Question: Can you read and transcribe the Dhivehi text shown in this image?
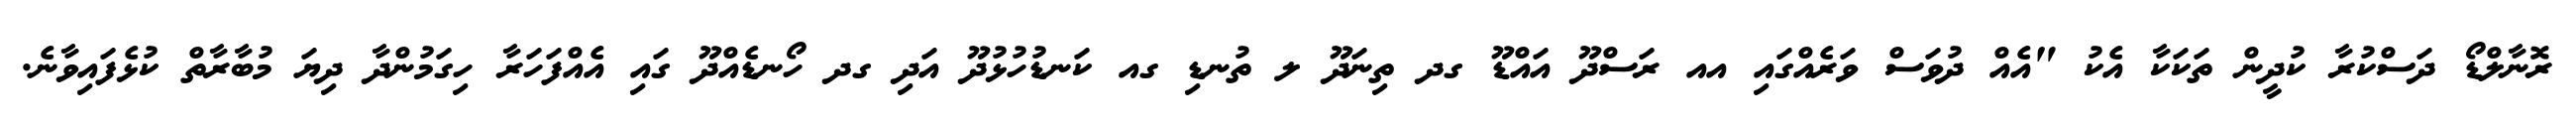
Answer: ރޮނާލްޑޯ ދަސްކުރާ ކުދީން ތަކަކާ އެކު "އެއް ދުވަސް ވަރެއްގައި އއ ރަސްދޫ އައްޑޫ ގދ ތިނަދޫ ލ ތުނޑި ގއ ކަނޑުހުޅުދޫ އަދި ގދ ހޯނޑެއްދޫ ގައި އެއްފަހަރާ ހިގަމުންދާ ދިޔަ މުބާރާތް ކުޅެފައިވާނެ.